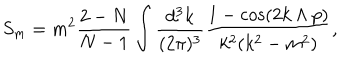
S _ { m } = m ^ { 2 } \frac { 2 - N } { N - 1 } \int \frac { d ^ { 3 } k } { ( 2 \pi ) ^ { 3 } } \frac { 1 - \cos ( 2 k \wedge p ) } { k ^ { 2 } ( k ^ { 2 } - m ^ { 2 } ) } ,